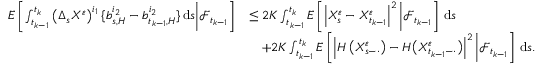
\begin{array} { r l } { E \left[ \int _ { t _ { k - 1 } } ^ { t _ { k } } \left( \Delta _ { s } X ^ { \varepsilon } \right) ^ { i _ { 1 } } \{ b _ { s , H } ^ { i _ { 2 } } - b _ { t _ { k - 1 } , H } ^ { i _ { 2 } } \} \, \mathrm { d } s \bigg | \mathcal { F } _ { t _ { k - 1 } } \right] } & { \leq 2 K \int _ { t _ { k - 1 } } ^ { t _ { k } } E \left[ \left| X _ { s } ^ { \varepsilon } - X _ { t _ { k - 1 } } ^ { \varepsilon } \right| ^ { 2 } \bigg | \mathcal { F } _ { t _ { k - 1 } } \right] \, \mathrm { d } s } \\ & { \quad + 2 K \int _ { t _ { k - 1 } } ^ { t _ { k } } E \left[ \left| H \left( X _ { s - \cdot } ^ { \varepsilon } \right) - H \big ( X _ { t _ { k - 1 } - \cdot } ^ { \varepsilon } \big ) \right| ^ { 2 } \bigg | \mathcal { F } _ { t _ { k - 1 } } \right] \, \mathrm { d } s . } \end{array}